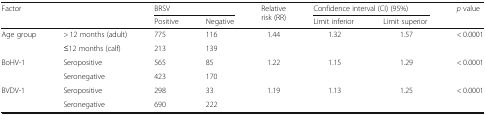
<table><thead><tr><td rowspan="2" colspan="2"><b>Factor</b></td><td colspan="2"><b>BRSV</b></td><td rowspan="2"><b>Relative risk (RR)</b></td><td colspan="2"><b>Confidence interval (CI) (95%)</b></td><td rowspan="2"><b><i>p</i> value</b></td></tr><tr><td><b>Positive</b></td><td><b>Negative</b></td><td><b>Limit inferior</b></td><td><b>Limit superior</b></td></tr></thead><tbody><tr><td rowspan="2">Age group</td><td>&gt; 12 months (adult)</td><td>775</td><td>116</td><td rowspan="2">1.44</td><td rowspan="2">1.32</td><td rowspan="2">1.57</td><td rowspan="2">&lt; 0.0001</td></tr><tr><td>≤12 months (calf)</td><td>213</td><td>139</td></tr><tr><td rowspan="2">BoHV-1</td><td>Seropositive</td><td>565</td><td>85</td><td rowspan="2">1.22</td><td rowspan="2">1.15</td><td rowspan="2">1.29</td><td rowspan="2">&lt; 0.0001</td></tr><tr><td>Seronegative</td><td>423</td><td>170</td></tr><tr><td rowspan="2">BVDV-1</td><td>Seropositive</td><td>298</td><td>33</td><td rowspan="2">1.19</td><td rowspan="2">1.13</td><td rowspan="2">1.25</td><td rowspan="2">&lt; 0.0001</td></tr><tr><td>Seronegative</td><td>690</td><td>222</td></tr></tbody></table>